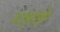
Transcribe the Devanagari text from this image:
वटवृक्षामुळे